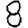
Digit: 8